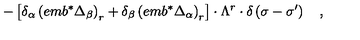
- \left[ \delta _ { \alpha } \left( e m b ^ { * } \Delta _ { \beta } \right) _ { r } + \delta _ { \beta } \left( e m b ^ { * } \Delta _ { \alpha } \right) _ { r } \right] \cdot \Lambda ^ { r } \cdot \delta \left( \sigma - \sigma ^ { \prime } \right) \quad ,